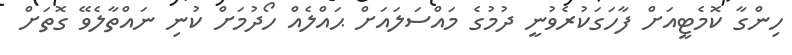
ހިންގާ ކޮމެޓީއަށް ފާހަގަކުރެވުނީ ދުމުގެ މައްސަލައަށް ޙައްލެއް ހޯދުމަށް ކުނި ނައްތާލެވޭ ގޮތަށް